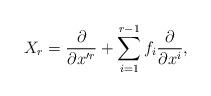
LaTeX: \begin{align*}X_r = \frac {\partial} {\partial x'^r} + \sum_{i=1}^{r-1} f_i \frac {\partial} {\partial x^i},\end{align*}